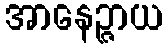
အာနေဉ္ဇာယ